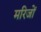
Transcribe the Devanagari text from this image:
मरिजों